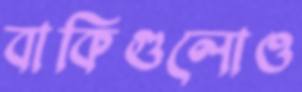
বাকিগুলোও